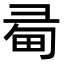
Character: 𢑜